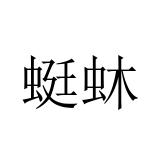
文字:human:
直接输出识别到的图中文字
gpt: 蜓蚞